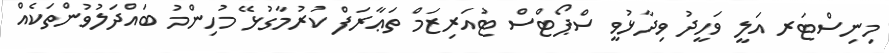
މިނިސްޓަރ އަލީ ވަހީދު ވިދާޅުވީ ސްޕޯޓްސް ޓުއަރިޒަމް ތަޢާރަފް ކުރުމާގުޅޭ މުހިންމު ބައްދަލުވުންތަކެއް